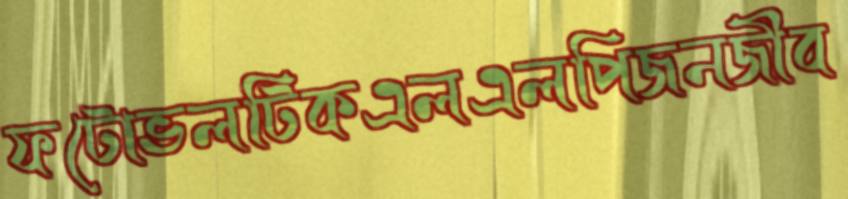
ফটোভলটিকএলএলপিজনজীব